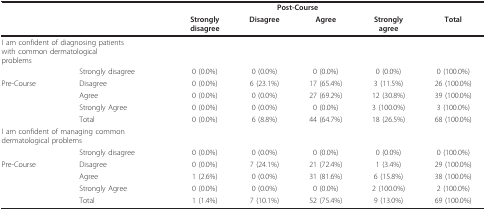
|  |  | <COLSPAN=4> Post-Course |  |
 |  |  | Stronglydisagree | Disagree | Agree | Stronglyagree | Total |
 | --- | --- | --- | --- | --- | --- | --- |
 | <COLSPAN=2> I am confident of diagnosing patientswith common dermatologicalproblems |  |  |  |  |  |
 |  | Strongly disagree | 0 (0.0%) | 0 (0.0%) | 0 (0.0%) | 0 (0.0%) | 0 (100.0%) |
 | Pre-Course | Disagree | 0 (0.0%) | 6 (23.1%) | 17 (65.4%) | 3 (11.5%) | 26 (100.0%) |
 |  | Agree | 0 (0.0%) | 0 (0.0%) | 27 (69.2%) | 12 (30.8%) | 39 (100.0%) |
 |  | Strongly Agree | 0 (0.0%) | 0 (0.0%) | 0 (0.0%) | 3 (100.0%) | 3 (100.0%) |
 |  | Total | 0 (0.0%) | 6 (8.8%) | 44 (64.7%) | 18 (26.5%) | 68 (100.0%) |
 | <COLSPAN=2> I am confident of managing commondermatological problems |  |  |  |  |  |
 |  | Strongly disagree | 0 (0.0%) | 0 (0.0%) | 0 (0.0%) | 0 (0.0%) | 0 (100.0%) |
 | Pre-Course | Disagree | 0 (0.0%) | 7 (24.1%) | 21 (72.4%) | 1 (3.4%) | 29 (100.0%) |
 |  | Agree | 1 (2.6%) | 0 (0.0%) | 31 (81.6%) | 6 (15.8%) | 38 (100.0%) |
 |  | Strongly Agree | 0 (0.0%) | 0 (0.0%) | 0 (0.0%) | 2 (100.0%) | 2 (100.0%) |
 |  | Total | 1 (1.4%) | 7 (10.1%) | 52 (75.4%) | 9 (13.0%) | 69 (100.0%) |